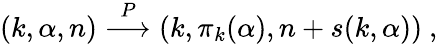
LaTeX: (k,\alpha,n)\stackrel{P}{\longrightarrow}(k,\pi_{k}(\alpha),n+s(k,\alpha))~,